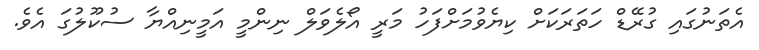
އެތަނުގައި ގުރޭޑް ހަތަރަކަށް ކިޔެވުމަށްފަހު މަރީ އޯލެވަލް ނިންމީ އަމީނިއްޔާ ސުކޫލުގަ އެވެ.